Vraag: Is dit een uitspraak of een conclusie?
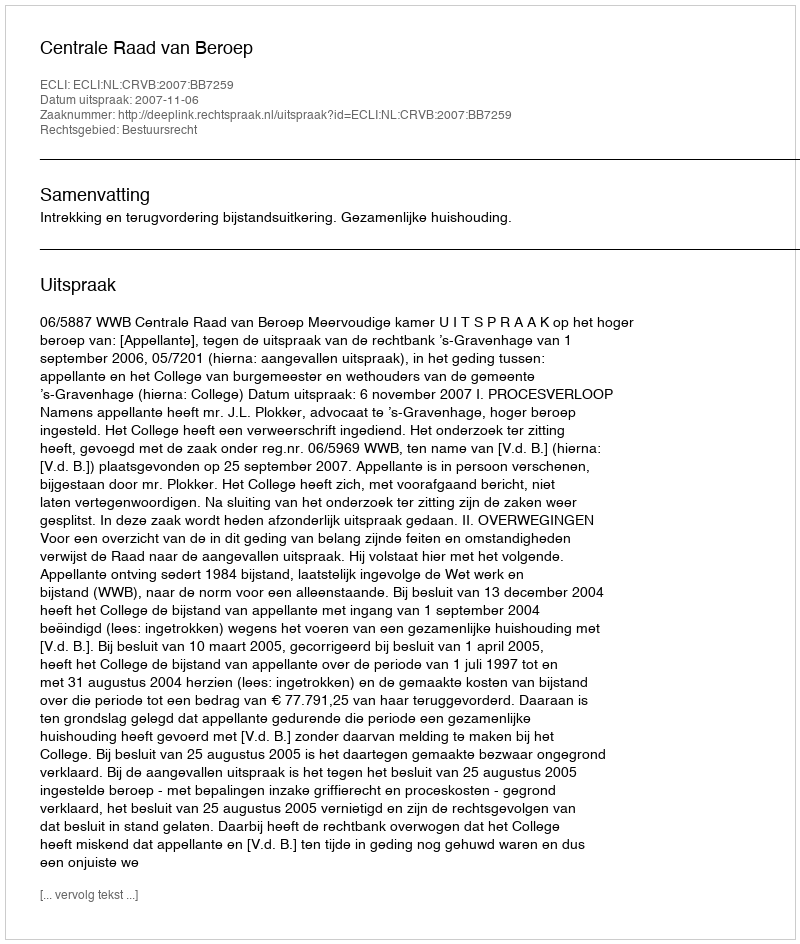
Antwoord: Uitspraak